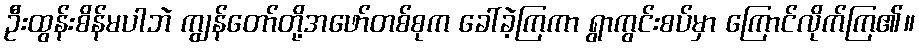
ဦးထွန်းစိန်မပါဘဲ ကျွန်တော်တို့အဖော်တစ်စုက ခေါ်ခဲ့ကြကာ ရွာကွင်းစပ်မှာ ကြောင်လိုက်ကြ၏။